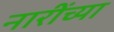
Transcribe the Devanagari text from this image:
नारींच्या